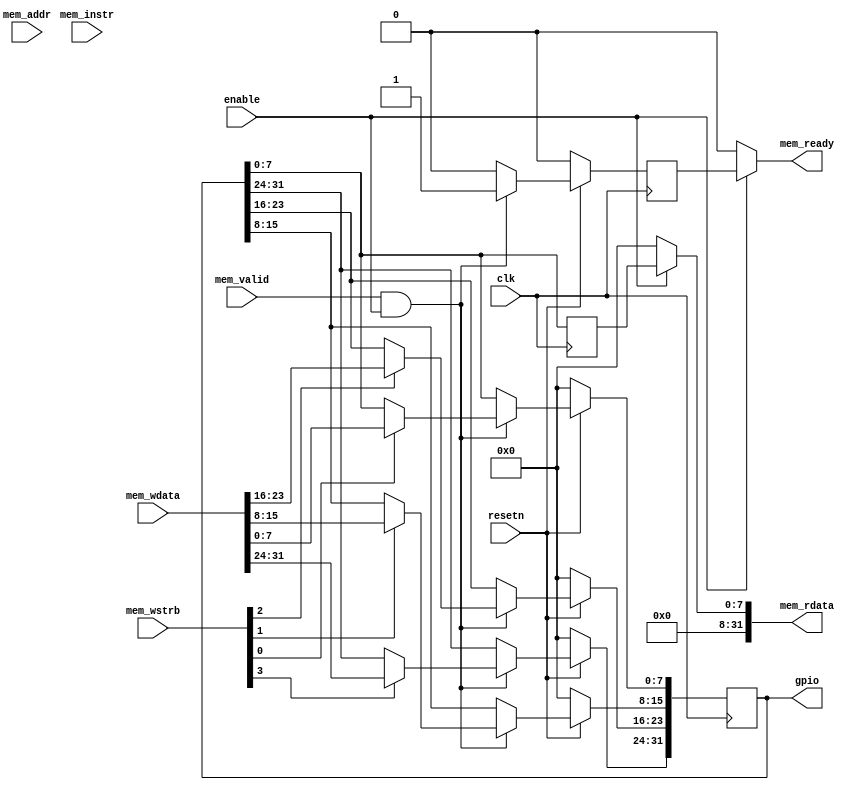
module gpio_3 (
	     input wire 	clk,
	     input wire 	resetn,
	     input wire 	enable,
	     input wire 	mem_valid,
	     output wire 	mem_ready,
	     input wire 	mem_instr,
	     input wire [3:0] 	mem_wstrb,
	     input wire [31:0] 	mem_wdata,
	     input wire [31:0] 	mem_addr,
	     output wire [31:0] mem_rdata,
	     output reg [31:0] 	gpio
	     );
   reg [7:0] 			q;
   reg 				rdy;
   always @(posedge clk) begin
      if (!resetn) begin
         rdy <= 0;
         q <= 0;
         gpio <= 0;
      end else if (mem_valid & enable) begin
         if (mem_wstrb[0])
           gpio[7:0] <= mem_wdata[7:0];
         if (mem_wstrb[1])
           gpio[15:8] <= mem_wdata[15:8];
         if (mem_wstrb[2])
           gpio[23:16] <= mem_wdata[23:16];
         if (mem_wstrb[3])
           gpio[31:24] <= mem_wdata[31:24];
         rdy <= 1;
      end else begin
         rdy <= 0;
      end
      q <= gpio;
   end
   assign mem_rdata = enable ? q : 1'b0;
   assign mem_ready = enable ? rdy : 1'b0;
endmodule